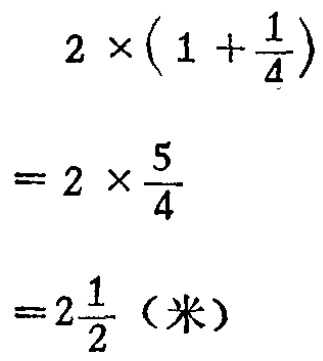
\[

\begin{align*}

&2\times(1 + \frac{1}{4})\\

=&2\times\frac{5}{4}\\

=&2\frac{1}{2} \text{（米）}

\end{align*}

\]